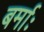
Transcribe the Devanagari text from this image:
बर्माः